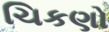
ચિકણો